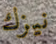
نيزك